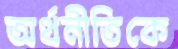
অর্থনীতিকে